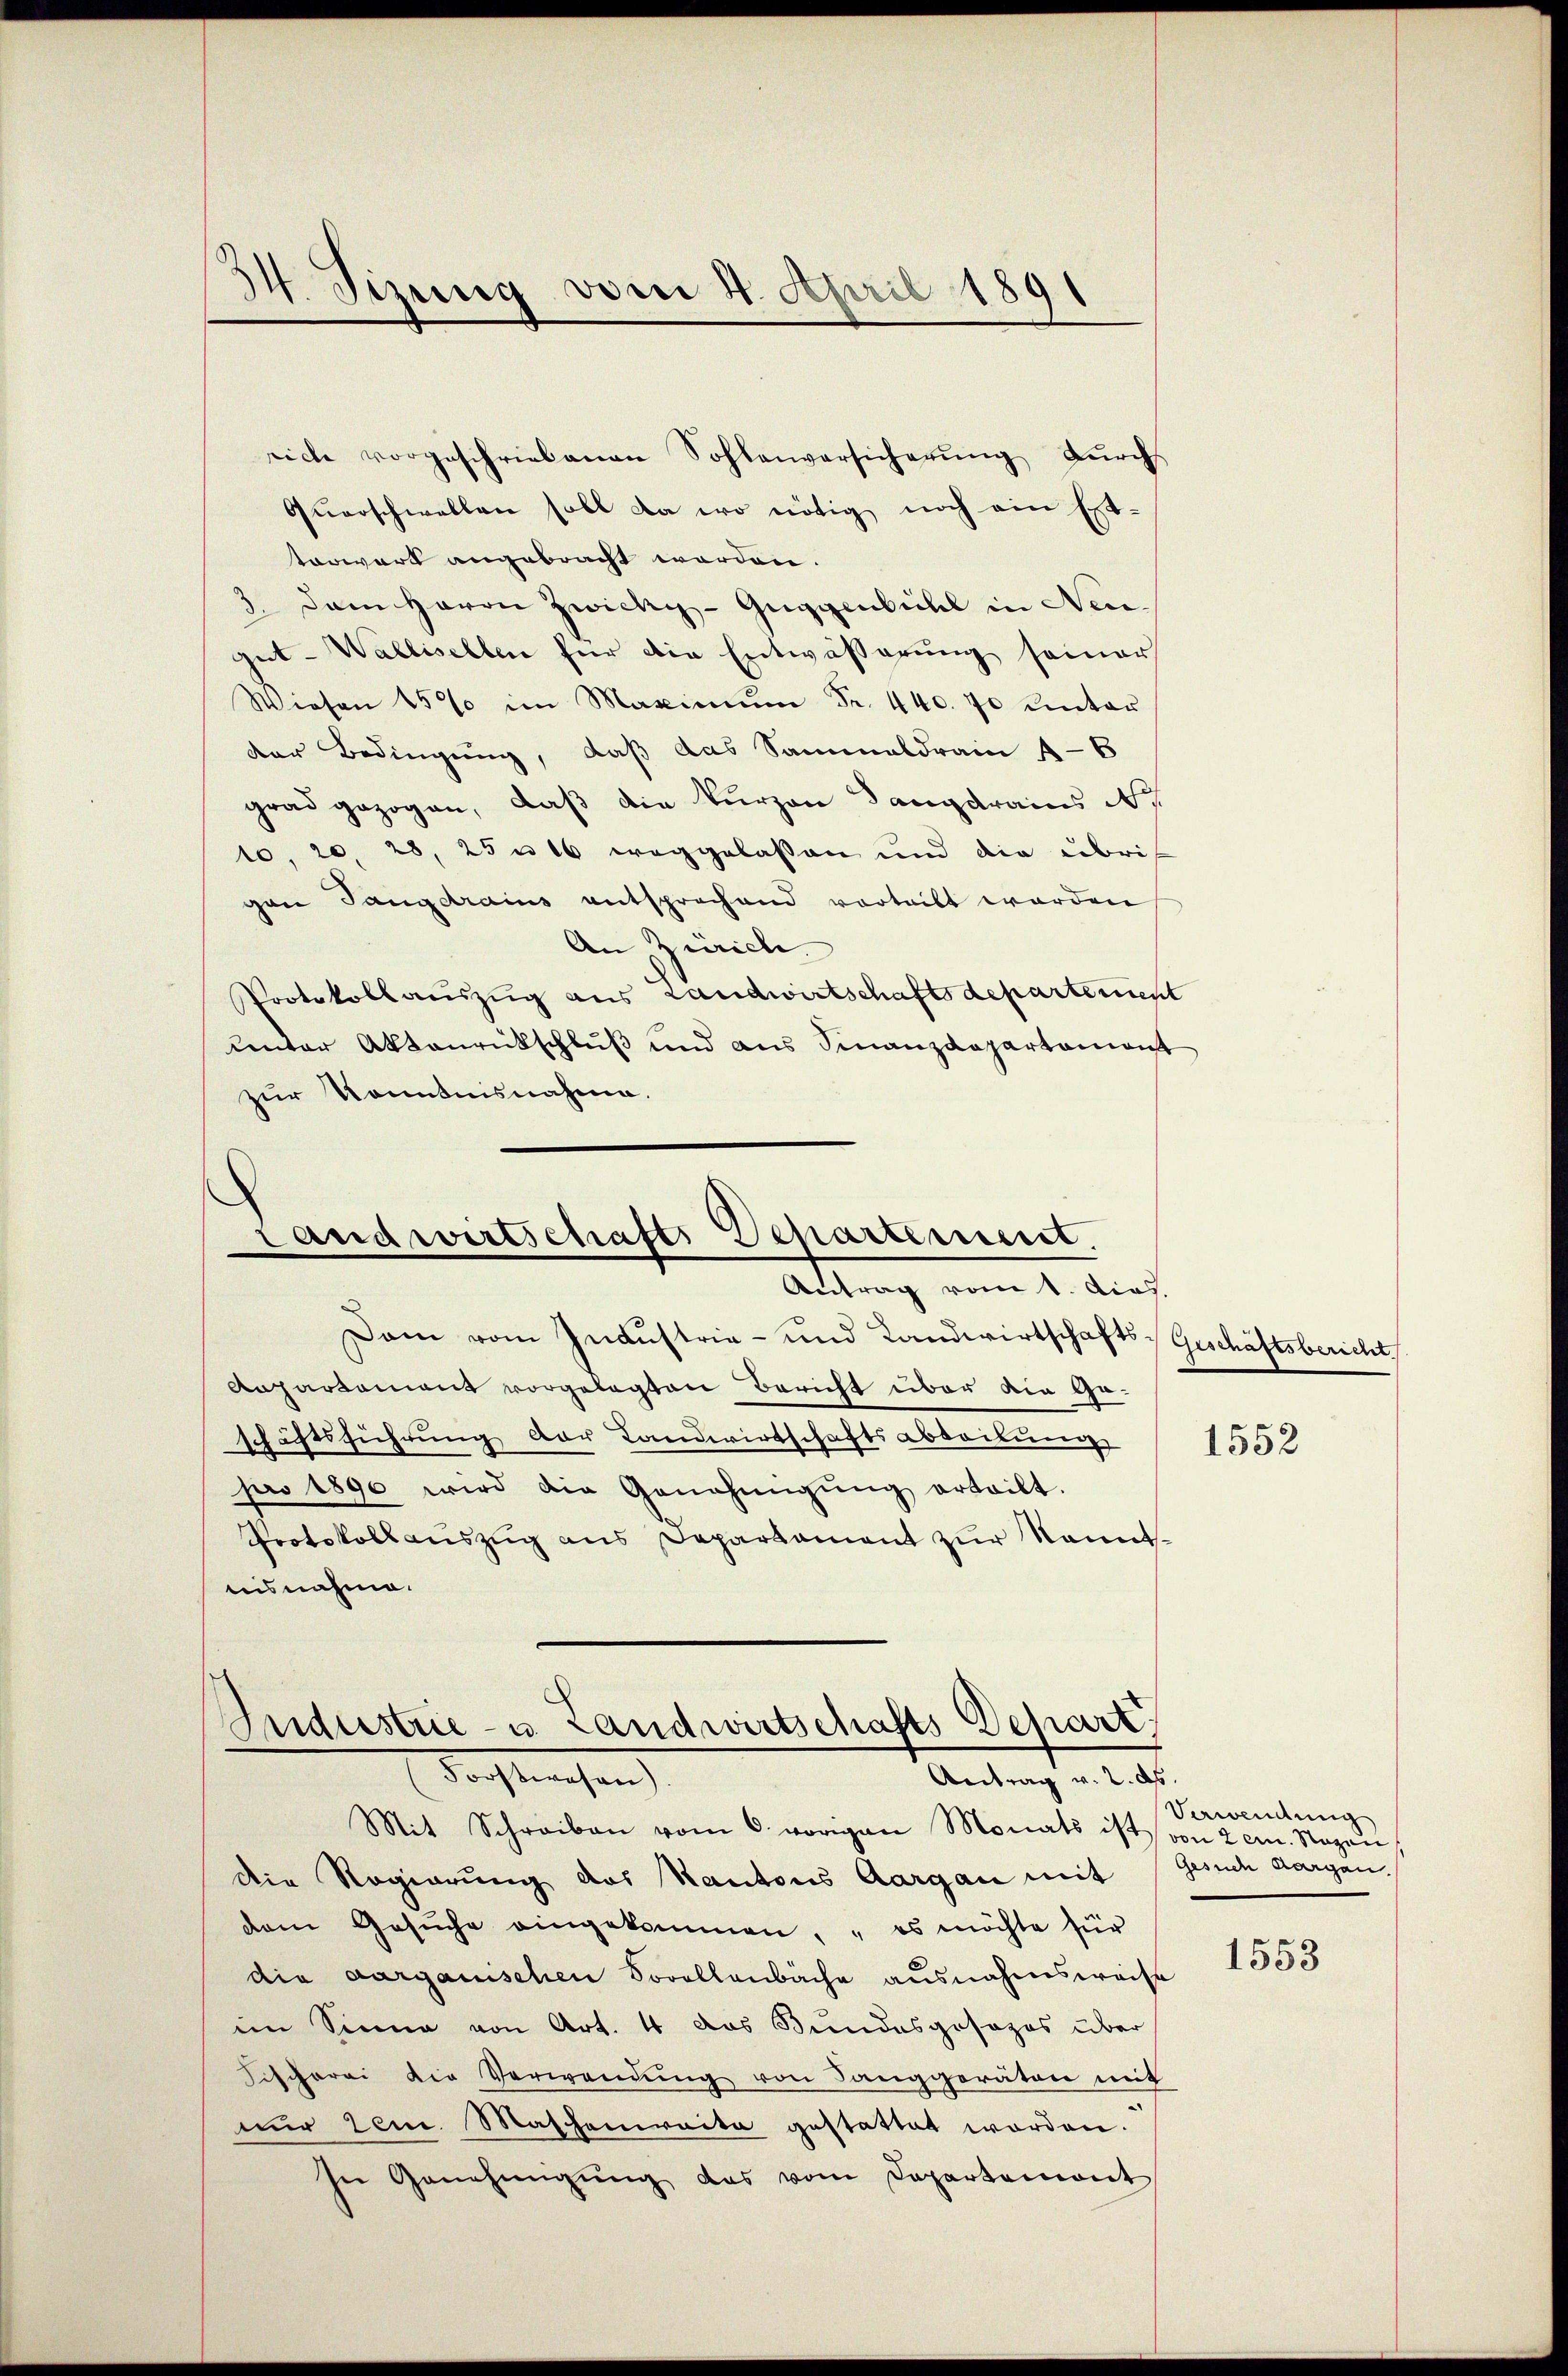
134. Sizung vom 4. April 1891

riche vorgeschriebenen Sohlenversicherŭng durchs
Querschwellen soll da wo nötig noch ein Esttorwart angebracht worden.
 Dem Herrn Zwicky - Guggenbühl in Neugut- Wallisellen für die Entwässerung seiner
Wiesen 150 im Maximŭm Fr. 440. 70 unter
der Bedingung, daß das Sammaldrain 4-6
grad gezogen, daß die kurzen Langdrains No
10, 20, 28, 25 n 16 weggelassen und die übris
gan Tangdrains entsprochend vorteilt worden
An Zürich
Protokollauszug aus Landwirtschaftsdepartement
unter Aktenrückschluß und aus Finanzdepartamont
zur Kenntnisnahme.

Landwirtschafts Departement.
Antrag vom 1. dies.

Sndustrie- u. Landwirtschafts Depart
darstehen
Antrag v. 2. ds.

Dam vom Industrie- und Landwirtschafts-Geschäftsbericht.
Anpartement vorgelegten Bericht über die Geschäftsführung der Landwirtschaftsabteilung
pro 1890 wird die Genehmigŭng erteilt.
Protokoll aŭszŭg ans Departament zŭr Kenntnisnahme.
Mit Schreiben vom 6. vorigen Monats ist von 2 em. Sagen
die Regierung des Kantons Aargau mit
dem Gesŭche eingekommen, es möchte für
die aargauischen Sorellenbäche ausnahmsweise
im Sinne von Art. 4 das Bundesgesezes über
Fischerei die Verwendŭng von Sanggeräten mit
nŭr dem Maschenraite gestattet worden.
In Genehmigŭng das vom Departemont

1552

Verwendung
Gesuche Morgen.

1553